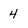
Character: 4